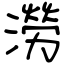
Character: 澇